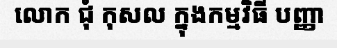
លោក ជុំ កុសល ក្នុងកម្មវិធី បញ្ញា